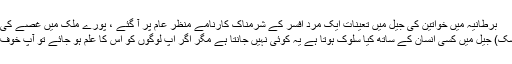
برطانیہ میں خواتین کی جیل میں تعینات ایک مرد افسر کے شرمناک کارنامے منظر عام پر آ گئے ، پورے ملک میں غصے کی لہر دوڑ گئی
لندن(ویب ڈیسک) جیل میں کسی انسان کے ساتھ کیا سلوک ہوتا ہے یہ کوئی نہیں جانتا ہے مگر اگر اپ لوگوں کو اس کا علم ہو جائے تو آپ خوف ذدہ ہو جائیں۔